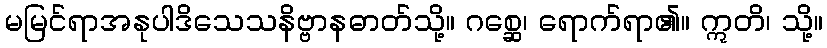
မမြင်ရာအနုပါဒိသေသနိဗ္ဗာနဓာတ်သို့။ ဂစ္ဆေ၊ ရောက်ရာ၏။ ဣတိ၊ သို့။